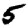
Digit: 5